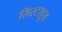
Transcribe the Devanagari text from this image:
सिस्टरहूड